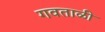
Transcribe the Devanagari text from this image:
गवताळी